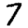
Digit: 7